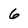
Character: 6